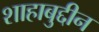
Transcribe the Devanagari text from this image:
शाहाबुद्दीन